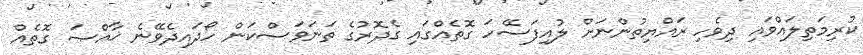
ކުރިމަތިލައްވައި ދިވެހި ރައްޔިތުންނަށް ލުއިފަސޭހަ ގޮތެއްގައި ގެދޮރުގެ ތަނަވަސްކަން ހޯދައިދެވޭނެ ޚާއްޞަ ގޮތެއް